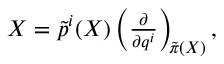
\begin{array} { r } { X = \tilde { p } ^ { i } ( X ) \left( \frac { \partial } { \partial { q } ^ { i } } \right) _ { \negmedspace \tilde { \pi } ( X ) } , } \end{array}